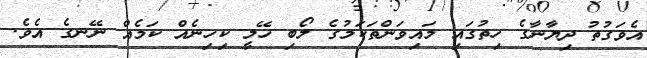
އެވަގުތު ދިޔާނާގެ ހިތުގައި މައިވަންތަކަމުގެ ލޯބި ހޭލީ ކިހިނެއް ކަމެއް ނޭނގެ އެވެ.